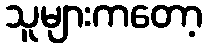
သူများကတော့